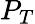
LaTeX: P_{T}